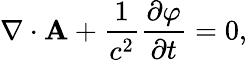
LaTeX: \nabla\cdot{\mathbf{A}}+{\frac{1}{c^{2}}}{\frac{\partial\varphi}{\partial t}}=0,